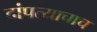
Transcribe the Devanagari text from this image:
दांपत्याचाच